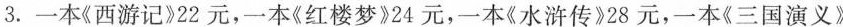
3.一本《西游记》22元，一本《红楼梦》24元，一本《水浒传》28元，一本《三国演义》